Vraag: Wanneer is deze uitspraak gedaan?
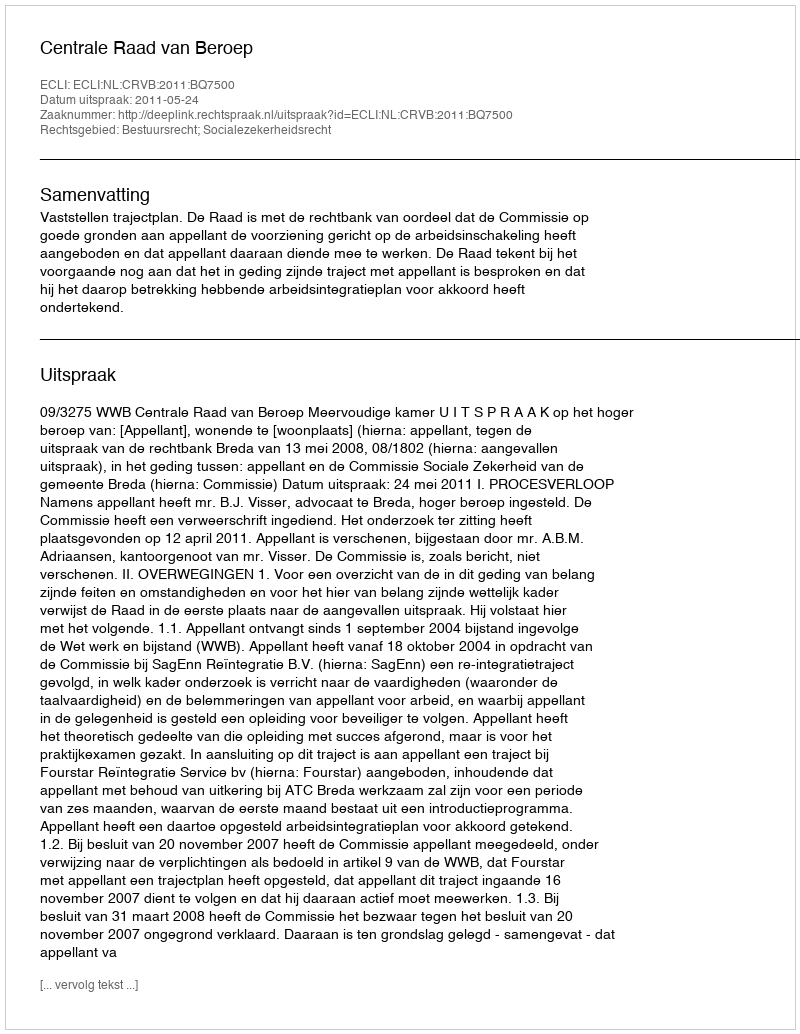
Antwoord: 2011-05-24